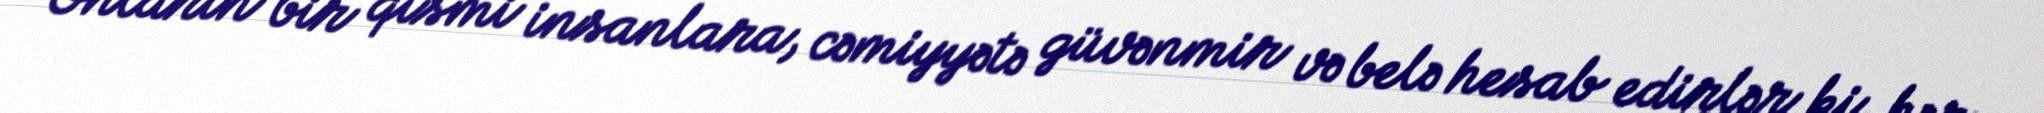
Onların bir qismi insanlara, cəmiyyətə güvənmir və belə hesab edirlər ki, hər